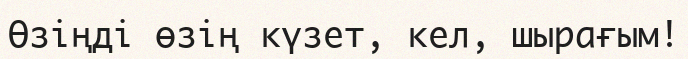
Өзіңді өзің күзет, кел, шырағым!